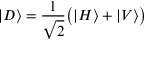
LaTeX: | D \rangle = { \frac { 1 } { \sqrt { 2 } } } { \big ( } | H \rangle + | V \rangle { \big ) }